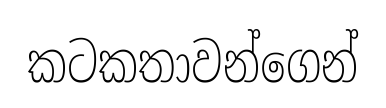
කටකතාවන්ගෙන්